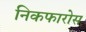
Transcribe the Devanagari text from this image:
निकफारोस